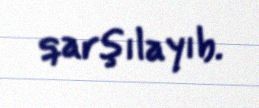
qarşılayıb.